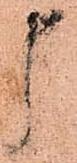
申